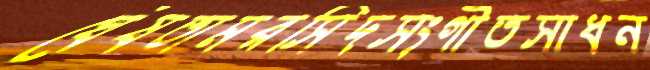
ঘেঁষতামরসিদসংগীতসাধন